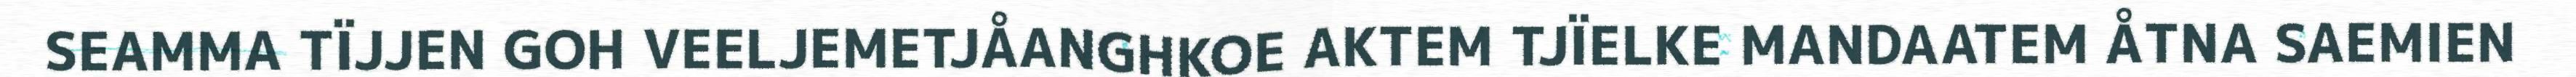
SEAMMA TÏJJEN GOH VEELJEMETJÅANGHKOE AKTEM TJÏELKE MANDAATEM ÅTNA SAEMIEN